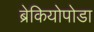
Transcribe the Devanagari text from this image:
ब्रेकियोपोडा